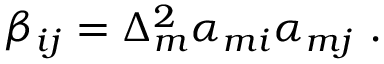
{ \beta _ { i j } = \Delta _ { m } ^ { 2 } \alpha _ { m i } \alpha _ { m j } } \mathrm { ~ . ~ }